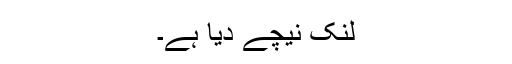
لنک نیچے دیا ہے۔